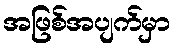
အဖြစ်အပျက်မှာ